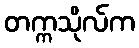
တက္ကသိုလ်က